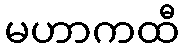
မဟာကထီ